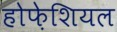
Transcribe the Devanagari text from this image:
होफ़ेशियल